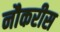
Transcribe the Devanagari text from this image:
नौकरीस